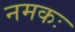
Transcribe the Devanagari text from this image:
नमकः